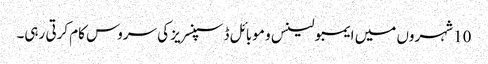
10 شہروں میں ایمبولینس و موبائل ڈسپنسریز کی سروس کام کرتی رہی۔